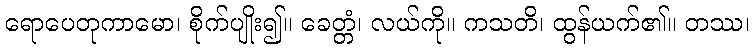
ရောပေတုကာမော၊ စိုက်ပျိုး၍။ ခေတ္တံ၊ လယ်ကို။ ကသတိ၊ ထွန်ယက်၏။ တဿ၊